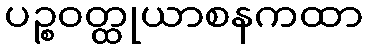
ပဉ္စဝတ္ထုယာစနကထာ